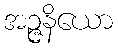
အဉ္ဇနိယော